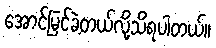
အောင်မြင်ခဲ့တယ်လို့သိရပါတယ်။